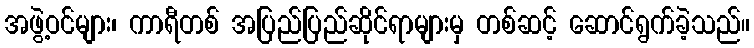
အဖွဲ့ဝင်များ၊ ကာရီတစ် အပြည်ပြည်ဆိုင်ရာများမှ တစ်ဆင့် ဆောင်ရွက်ခဲ့သည်။